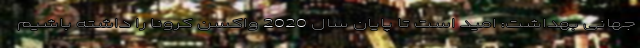
جهانی بهداشت: امید است تا پایان سال 2020 واکسن کرونا را داشته باشیم